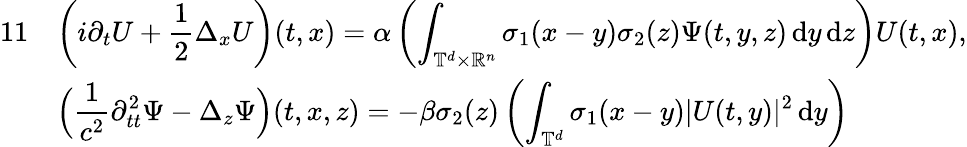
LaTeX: \begin{array}{rl}{{11}}&{\displaystyle\left(i\partial_{t}U+\frac 12\Delta_{x}U\right)(t,x)=\alpha\left(\displaystyle\int_{\mathbb T^{d}\times\mathbb R^{n}}\sigma_{1}(x-y)\sigma_{2}(z)\Psi(t,y,z)\, {\mathrm{d}}y\, {\mathrm{d}}z\right)U(t,x),}\\ &{\Big(\displaystyle\frac 1{c^{2}}\partial_{tt}^{2}\Psi-\Delta_{z}\Psi\Big)(t,x,z)=-\beta\sigma_{2}(z)\left(\displaystyle\int_{\mathbb T^{d}}\sigma_{1}(x-y)|U(t,y)|^{2}\, {\mathrm{d}}y\right)}\end{array}